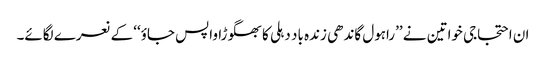
ان احتجاجی خواتین نے ’’راہول گاندھی زندہ باد دہلی کا بھگوڑا واپس جاؤ‘‘ کے نعرے لگائے۔